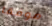
موفقا